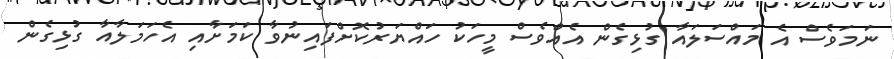
ނަމަވެސް އެ މައްސަލައާ ގުޅިގެން އެއްވެސް މީހަކު ހައްޔަރުކޮށްފައިނުވާ ކަމަށާއި އެހަމަލާއާ ގުޅިގެން